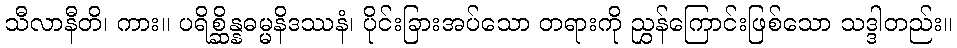
သီလာနီတိ၊ ကား။ ပရိစ္ဆိန္နဓမ္မနိဒဿနံ၊ ပိုင်းခြားအပ်သော တရားကို ညွှန်ကြောင်းဖြစ်သော သဒ္ဒါတည်း။